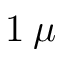
1 \: \mu